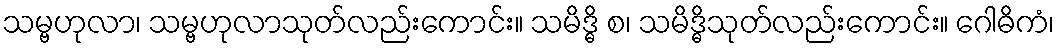
သမ္ဗဟုလာ၊ သမ္ဗဟုလာသုတ်လည်းကောင်း။ သမိဒ္ဓိ စ၊ သမိဒ္ဓိသုတ်လည်းကောင်း။ ဂေါဓိကံ၊